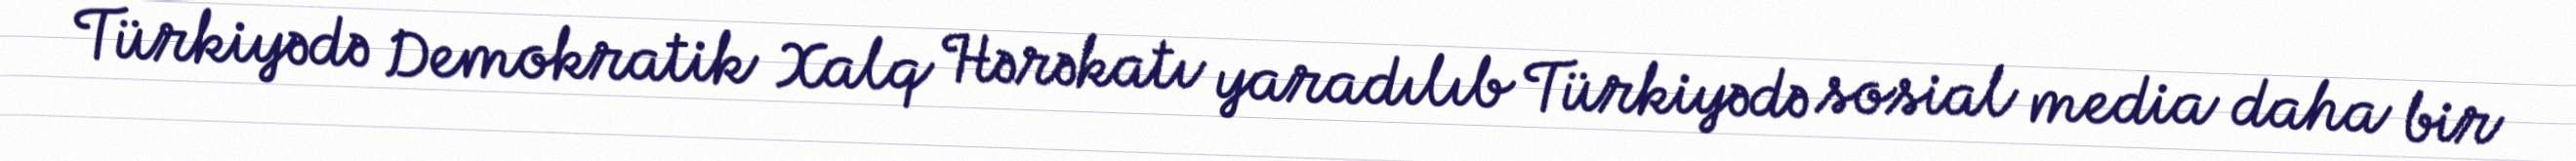
Türkiyədə Demokratik Xalq Hərəkatı yaradılıb Türkiyədə sosial media daha bir